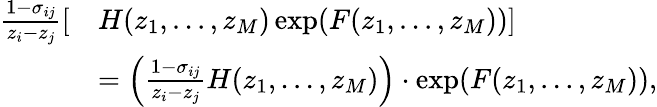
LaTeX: \begin{array}{rl}{\frac{1-\sigma_{ij}}{z_{i}-z_{j}}[}&{H(z_{1},...,z_{M})\exp(F(z_{1},...,z_{M}))]}\\ &{=\Big(\frac{1-\sigma_{ij}}{z_{i}-z_{j}}H(z_{1},...,z_{M})\Big)\cdot\exp(F(z_{1},...,z_{M})),}\end{array}